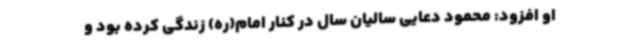
او افزود: محمود دعایی سالیان سال در کنار امام(ره) زندگی کرده بود و